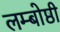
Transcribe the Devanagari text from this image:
लम्बोष्ठी